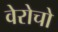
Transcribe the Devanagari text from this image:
वेरोचो